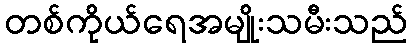
တစ်ကိုယ်ရေအမျိုးသမီးသည်